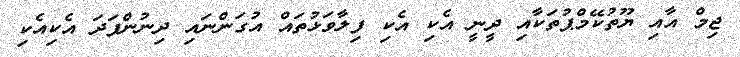
ޖިމް އާއި ޔޫތުކޭމްޕުތަކާއި ދީނީ އެކި އެކި ފިލާވަޅުތައް އުގަންނައި ދިނުންފަދަ އެކިއެކި